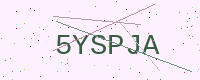
Text: 5YSPJA